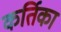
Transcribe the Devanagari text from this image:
कर्तिका